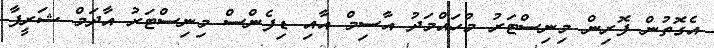
އެގޮތުން ފޮރިން މިނިސްޓަރު މުހައްމަދު އާސިމް އާއި ޑިފެންސް މިނިސްޓަރު އާދަމް ޝަރީފާ